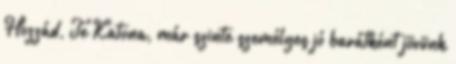
Hozzád, Te Katona, már szinte személyes jó barátként jövünk